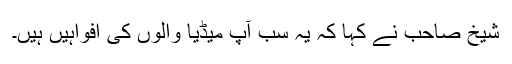
شیخ صاحب نے کہا کہ یہ سب آپ میڈیا والوں کی افواہیں ہیں۔